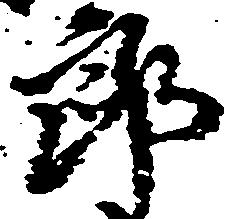
郎